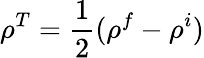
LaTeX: \rho^{T}=\frac{1}{2}(\rho^{f}-\rho^{i})